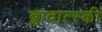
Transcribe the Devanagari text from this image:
ब्लावात्स्की